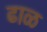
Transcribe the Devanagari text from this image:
ढाळ